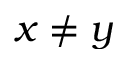
x \neq y